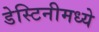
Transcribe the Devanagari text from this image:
डेस्टिनीमध्ये